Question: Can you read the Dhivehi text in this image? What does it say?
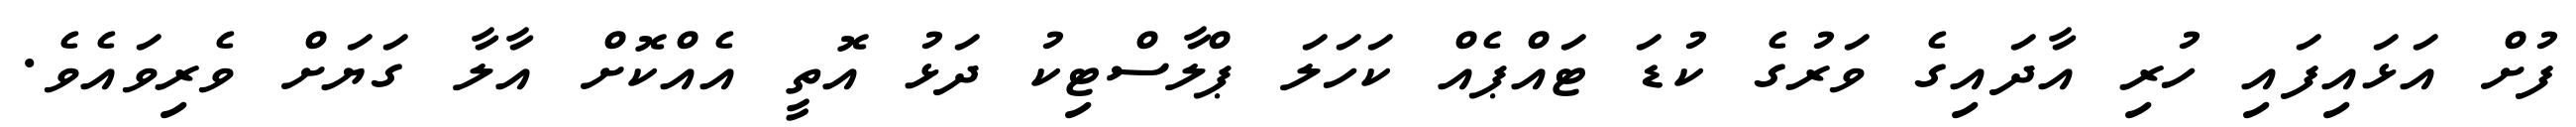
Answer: ފުށް އަޅައިފައި ހުރި އާދައިގެ ވަރުގެ ކުޑަ ޓައްޕެއް ކަހަލަ ޕްލާސްޓިކު ދަޅު އޮތީ އެއްކޮށް އާލާ ގަޔަށް ވެރިވައެވެ.